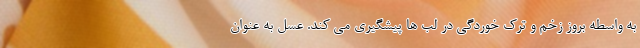
به واسطه بروز زخم و ترک خوردگی در لب ها پیشگیری می کند. عسل به عنوان